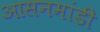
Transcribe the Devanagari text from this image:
आसनमांडी